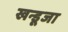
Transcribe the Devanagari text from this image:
खन्डूजा